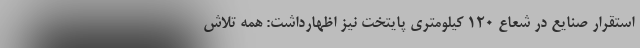
استقرار صنایع در شعاع 120 کیلومتری پایتخت نیز اظهارداشت: همه تلاش